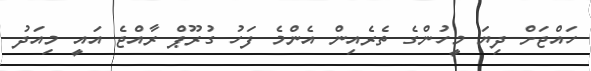
ހައްޖަށް ދިޔަ މީހުންގެ ތެރެއިން އެންމެ ފަހު ގުރޫޕް ރާއްޖެ އައީ މިއަދު